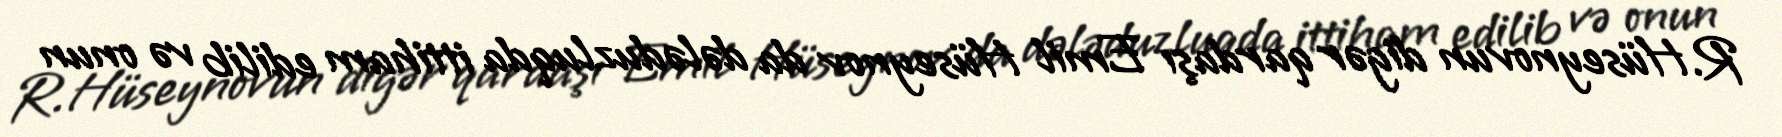
R.Hüseynovun digər qardaşı Emil Hüseynov da dələduzluqda ittiham edilib və onun